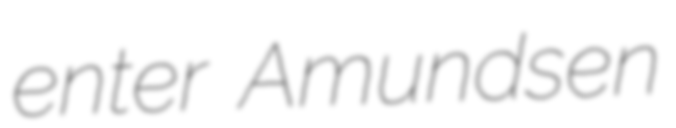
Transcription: enter Amundsen